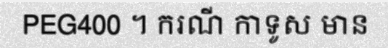
PEG400 ។ ករណី កាទូស មាន